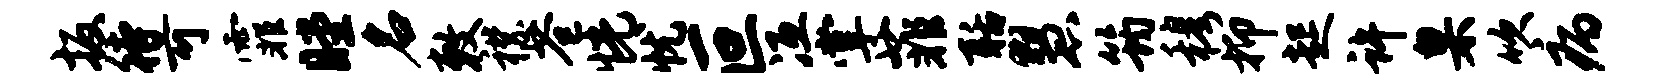
扳待可霏瞠名敕襟苍恍忧叵冱掌菲聒慧筠穆抑起许臬吹病